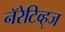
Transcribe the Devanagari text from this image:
नॅरेटिव्ह्‌ज